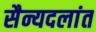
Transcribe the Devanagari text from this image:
सैन्यदलांत